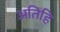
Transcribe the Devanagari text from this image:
अतिहि